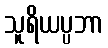
သူရိယပ္ပဘာ